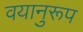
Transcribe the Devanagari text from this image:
वयानुरूप